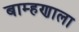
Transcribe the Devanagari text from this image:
बाम्हणाला